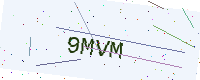
Text: 9MVM